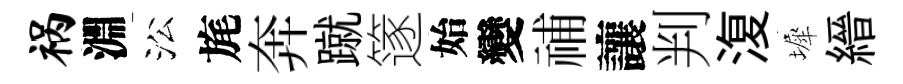
祸淵㳂旄奔蹴篴始變𥙷讓判𣸪墀縉